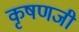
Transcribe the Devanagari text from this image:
कृषणजी